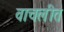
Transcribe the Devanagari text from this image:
वाचलीत